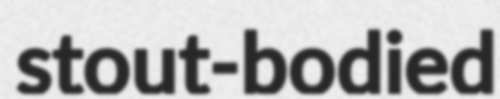
stout-bodied